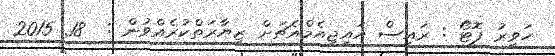
ހަވީރު ފޮޓޯ : ރައީސް އައިޖީއެމްއެޗަށް ޒިޔާރަތްކުރެއްވުން :  18